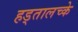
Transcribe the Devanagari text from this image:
हड्तालच्के